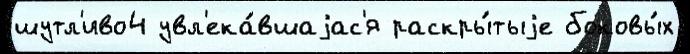
шутл'иво4 увл'ека́вшаjас'я раскры́тыjе боковы́х